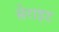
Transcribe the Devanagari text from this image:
सेराइट